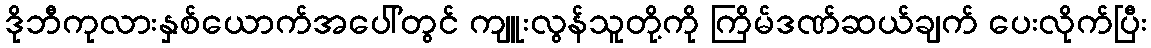
ဒိုဘီကုလားနှစ်ယောက်အပေါ်တွင် ကျူးလွန်သူတို့ကို ကြိမ်ဒဏ်ဆယ်ချက် ပေးလိုက်ပြီး